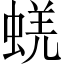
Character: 蜣